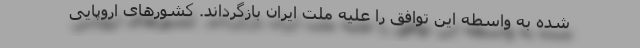
شده به واسطه این توافق را علیه ملت ایران بازگرداند. کشورهای اروپایی